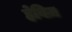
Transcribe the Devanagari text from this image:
हेविज़